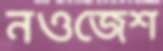
নওজেশ